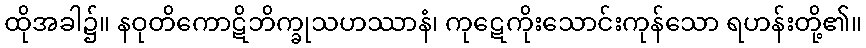
ထိုအခါ၌။ နဝုတိကောဋိဘိက္ခုသဟဿာနံ၊ ကုဋေကိုးသောင်းကုန်သော ရဟန်းတို့၏။